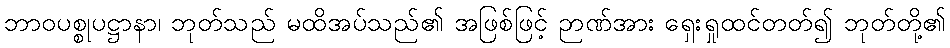
ဘာဝပစ္စုပဋ္ဌာနာ၊ ဘုတ်သည် မထိအပ်သည်၏ အဖြစ်ဖြင့် ဉာဏ်အား ရှေးရှုထင်တတ်၍ ဘုတ်တို့၏